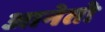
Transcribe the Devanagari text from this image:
आनेतो